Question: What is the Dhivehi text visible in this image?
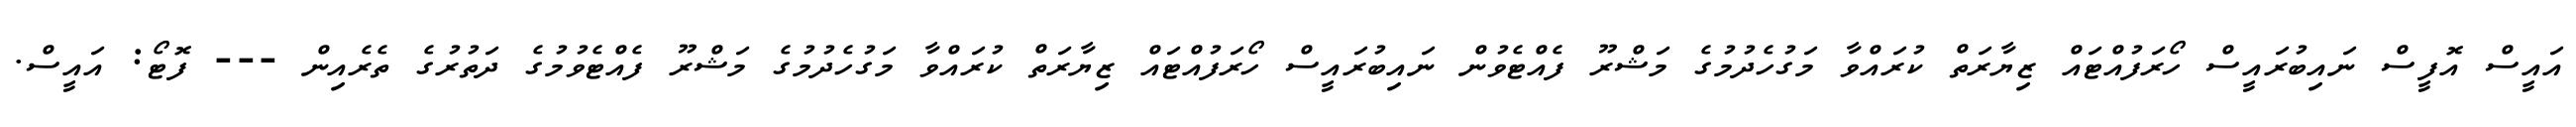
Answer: އައީސް އޮފީސް ނައިބުރައީސް ހޯރަފުއްޓައް ޒިޔާރަތް ކުރައްވާ މަގުހެދުމުގެ މަޝްރޫ ފެއްޓެވުން ނައިބުރައީސް ހޯރަފުއްޓައް ޒިޔާރަތް ކުރައްވާ މަގުހެދުމުގެ މަޝްރޫ ފެއްޓެވުމުގެ ދަތުރުގެ ތެރެއިން --- ފޮޓޯ: އައީސް.